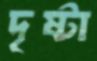
দৃষ্টা